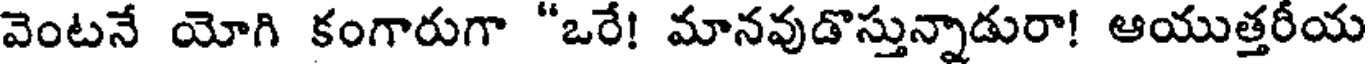
వెంటనే యోగి కంగారుగా "ఒరే! మానవుడొస్తున్నాడురా! ఆయుత్తరీయ